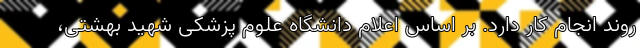
روند انجام کار دارد. بر اساس اعلام دانشگاه علوم پزشکی شهید بهشتی،